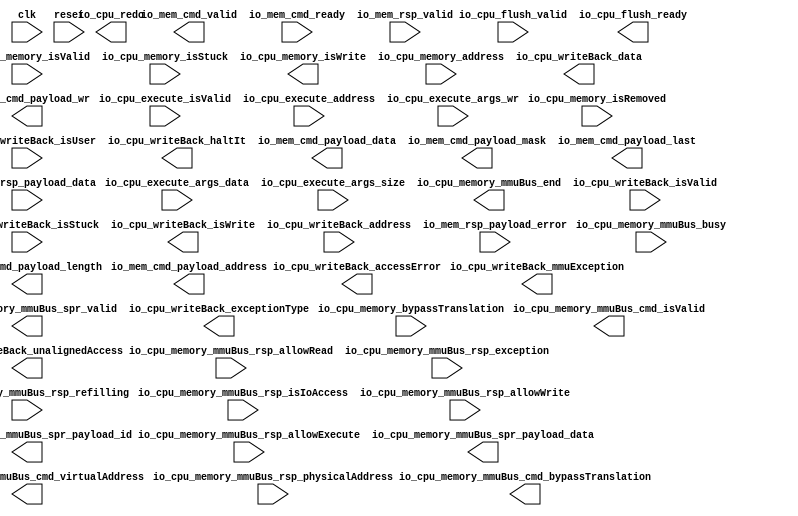
module DataCache (
  input               io_cpu_execute_isValid,
  input      [31:0]   io_cpu_execute_address,
  input               io_cpu_execute_args_wr,
  input      [31:0]   io_cpu_execute_args_data,
  input      [1:0]    io_cpu_execute_args_size,
  input               io_cpu_memory_isValid,
  input               io_cpu_memory_isStuck,
  input               io_cpu_memory_isRemoved,
  output              io_cpu_memory_isWrite,
  input      [31:0]   io_cpu_memory_address,
  output              io_cpu_memory_mmuBus_cmd_isValid,
  output     [31:0]   io_cpu_memory_mmuBus_cmd_virtualAddress,
  output              io_cpu_memory_mmuBus_cmd_bypassTranslation,
  input      [31:0]   io_cpu_memory_mmuBus_rsp_physicalAddress,
  input               io_cpu_memory_mmuBus_rsp_isIoAccess,
  input               io_cpu_memory_mmuBus_rsp_allowRead,
  input               io_cpu_memory_mmuBus_rsp_allowWrite,
  input               io_cpu_memory_mmuBus_rsp_allowExecute,
  input               io_cpu_memory_mmuBus_rsp_exception,
  input               io_cpu_memory_mmuBus_rsp_refilling,
  output              io_cpu_memory_mmuBus_spr_valid,
  output     [9:0]    io_cpu_memory_mmuBus_spr_payload_id,
  output     [31:0]   io_cpu_memory_mmuBus_spr_payload_data,
  output              io_cpu_memory_mmuBus_end,
  input               io_cpu_memory_mmuBus_busy,
  input               io_cpu_memory_bypassTranslation,
  input               io_cpu_writeBack_isValid,
  input               io_cpu_writeBack_isStuck,
  input               io_cpu_writeBack_isUser,
  output reg          io_cpu_writeBack_haltIt,
  output              io_cpu_writeBack_isWrite,
  output reg [31:0]   io_cpu_writeBack_data,
  input      [31:0]   io_cpu_writeBack_address,
  output              io_cpu_writeBack_mmuException,
  output              io_cpu_writeBack_unalignedAccess,
  output reg          io_cpu_writeBack_accessError,
  output     [3:0]    io_cpu_writeBack_exceptionType,
  output reg          io_cpu_redo,
  input               io_cpu_flush_valid,
  output reg          io_cpu_flush_ready,
  output reg          io_mem_cmd_valid,
  input               io_mem_cmd_ready,
  output reg          io_mem_cmd_payload_wr,
  output reg [31:0]   io_mem_cmd_payload_address,
  output     [31:0]   io_mem_cmd_payload_data,
  output     [3:0]    io_mem_cmd_payload_mask,
  output reg [2:0]    io_mem_cmd_payload_length,
  output reg          io_mem_cmd_payload_last,
  input               io_mem_rsp_valid,
  input      [31:0]   io_mem_rsp_payload_data,
  input               io_mem_rsp_payload_error,
  input               clk,
  input               reset
);
endmodule